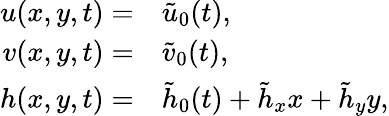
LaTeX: \begin{array}{rl}{{u}(x,y,t)=}&{{}\tilde{u}_{0}(t),}\\ {{v}(x,y,t)=}&{{}\tilde{v}_{0}(t),}\\ {{h}(x,y,t)=}&{{}\tilde{h}_{0}(t)+\tilde{h}_{x}x+\tilde{h}_{y}y,}\end{array}